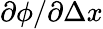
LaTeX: \partial\phi/\partial\Delta x